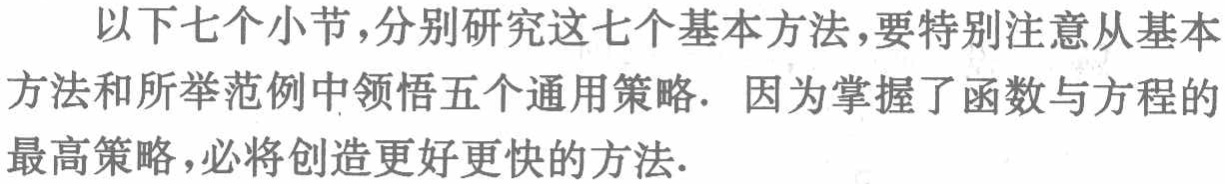
以下七个小节,分别研究这七个基本方法,要特别注意从基本方法和所举范例中领悟五个通用策略. 因为掌握了函数与方程的最高策略,必将创造更好更快的方法.